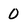
Character: 0